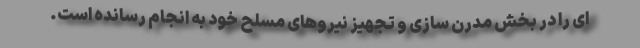
ای را در بخش مدرن سازی و تجهیز نیروهای مسلح خود به انجام رسانده است.